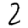
Digit: 2